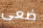
ضعى